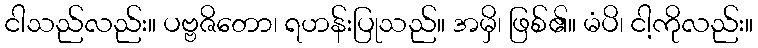
ငါသည်လည်း။ ပဗ္ဗဇိတော၊ ရဟန်းပြုသည်။ အမှိ၊ ဖြစ်၏။ မံပိ၊ ငါ့ကိုလည်း။